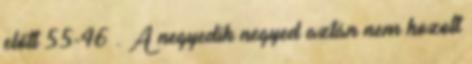
előtt 55-46 . A negyedik negyed aztán nem hozott